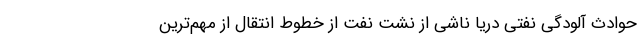
حوادث آلودگی نفتی دریا ناشی از نشت نفت از خطوط انتقال از مهم‌ترین